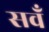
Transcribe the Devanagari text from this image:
सवँ